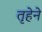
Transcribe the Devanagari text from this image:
तृहेने